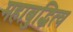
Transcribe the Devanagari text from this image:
महाबुद्धित्व